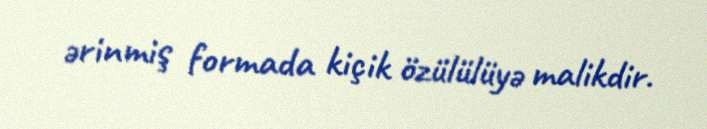
ərinmiş formada kiçik özülülüyə malikdir.